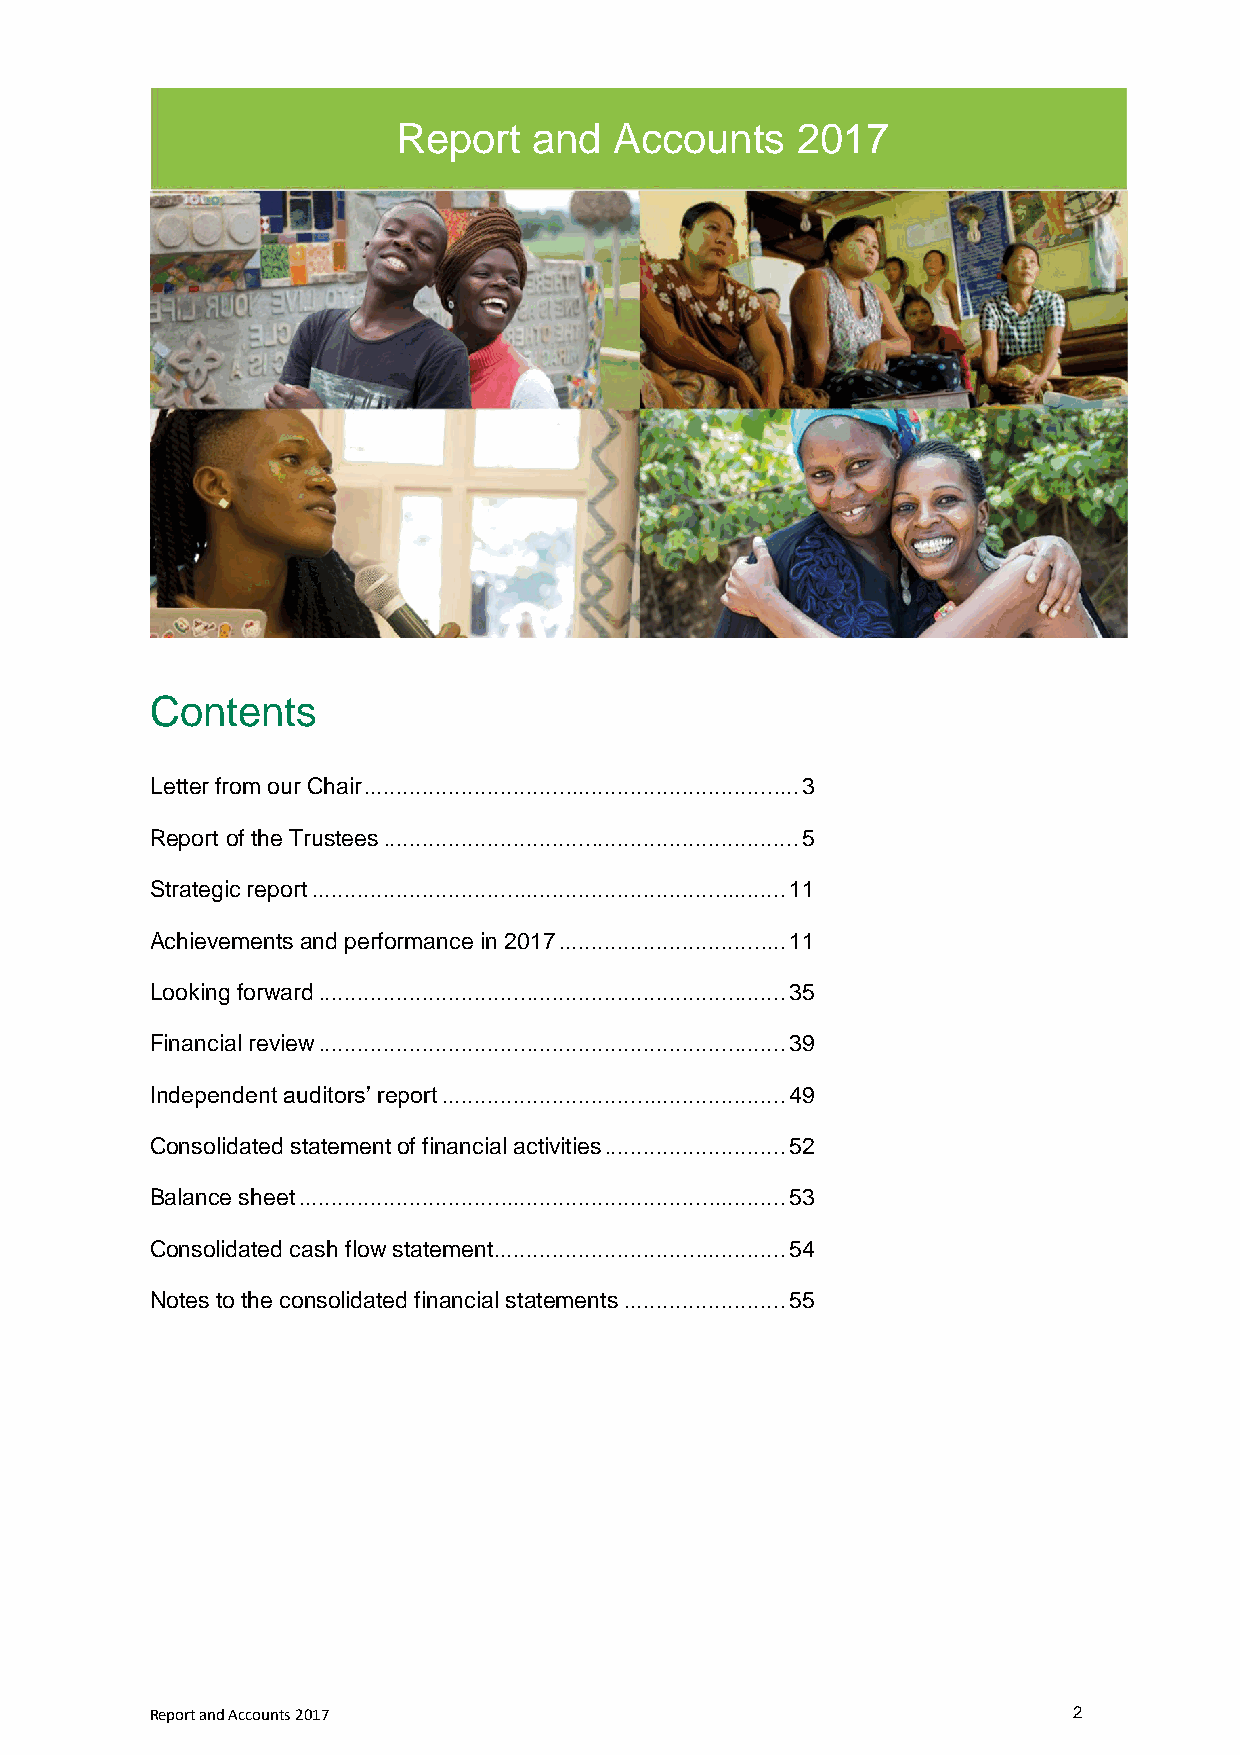
Report   and   Accounts    2017
 Contents
 Letter from our Chair ................................................................... 3
 Report of the Trustees ................................................................ 5
 Strategic report ......................................................................... 11
 Achievements and performance in 2017 ................................... 11
 Looking forward ........................................................................ 35
 Financial review ........................................................................ 39
 Independent auditors’ report ..................................................... 49
 Consolidated statement of financial activities ............................ 52
 Balance sheet ........................................................................... 53
 Consolidated cash flow statement ............................................. 54
 Notes to the consolidated financial statements ......................... 55
 Report and Accounts 2017                                     2